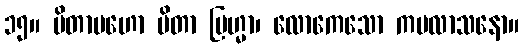
၁၅။ ပိတာမဟော ပိတာ ဗြဟ္မာ၊ လောကေသော ကမလာသနော။